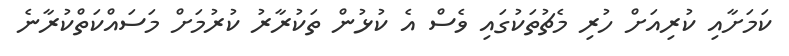
ކަމަށާއި ކުރިއަށް ހުރި މެޗުތަކުގައި ވެސް އެ ކުޅުން ތަކުރާރު ކުރުމަށް މަސައްކަތްކުރާނެ